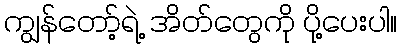
ကျွန်တော့်ရဲ့ အိတ်တွေကို ပို့ပေးပါ။